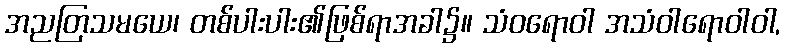
အညတြသမယေ၊ တစ်ပါးပါး၏ဖြစ်ရာအခါ၌။ သံဝရောဝါ အသံဝါရောဝါဝါ,